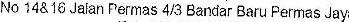
NO 14& 16 JALAN PERMAS 4/3 BANDAR BARU PERMAS JAYA